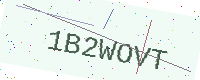
Text: 1B2WOVT